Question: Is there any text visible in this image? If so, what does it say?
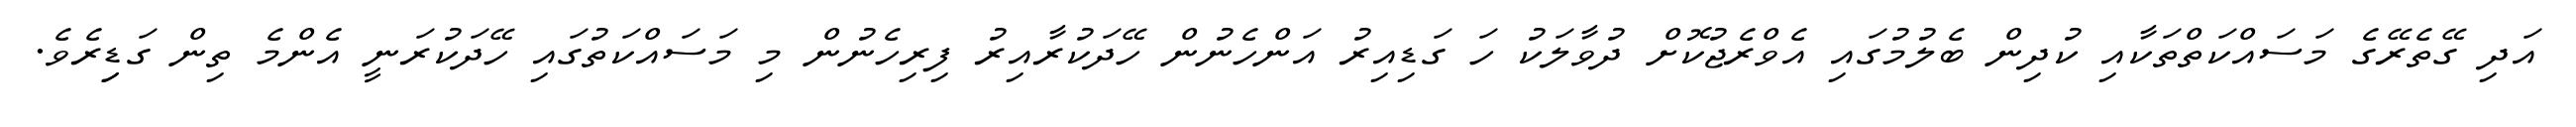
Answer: އަދި ގޭތެރޭގެ މަސައްކަތްތަކާއި ކުދިން ބެލުމުގައި އެވްރެޖުކޮށް ދުވާލަކު ހަ ގަޑިއިރު އަންހެނުން ހޭދަކުރާއިރު ފިރިހެނުން މި މަސައްކަތުގައި ހޭދަކުރަނީ އެންމެ ތިން ގަޑިިރެވެ.